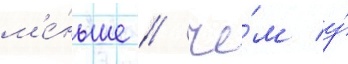
м'е́ньше / че́м у́